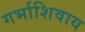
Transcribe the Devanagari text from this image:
गर्भाशिवाय